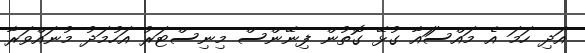
އަދި ހަމަ އެ މައްސަައާ ގުޅޭ ގޮތުން ފިނޭންސް މިނިސްޓަރު އަހުމަދު މުނައްވަރާ